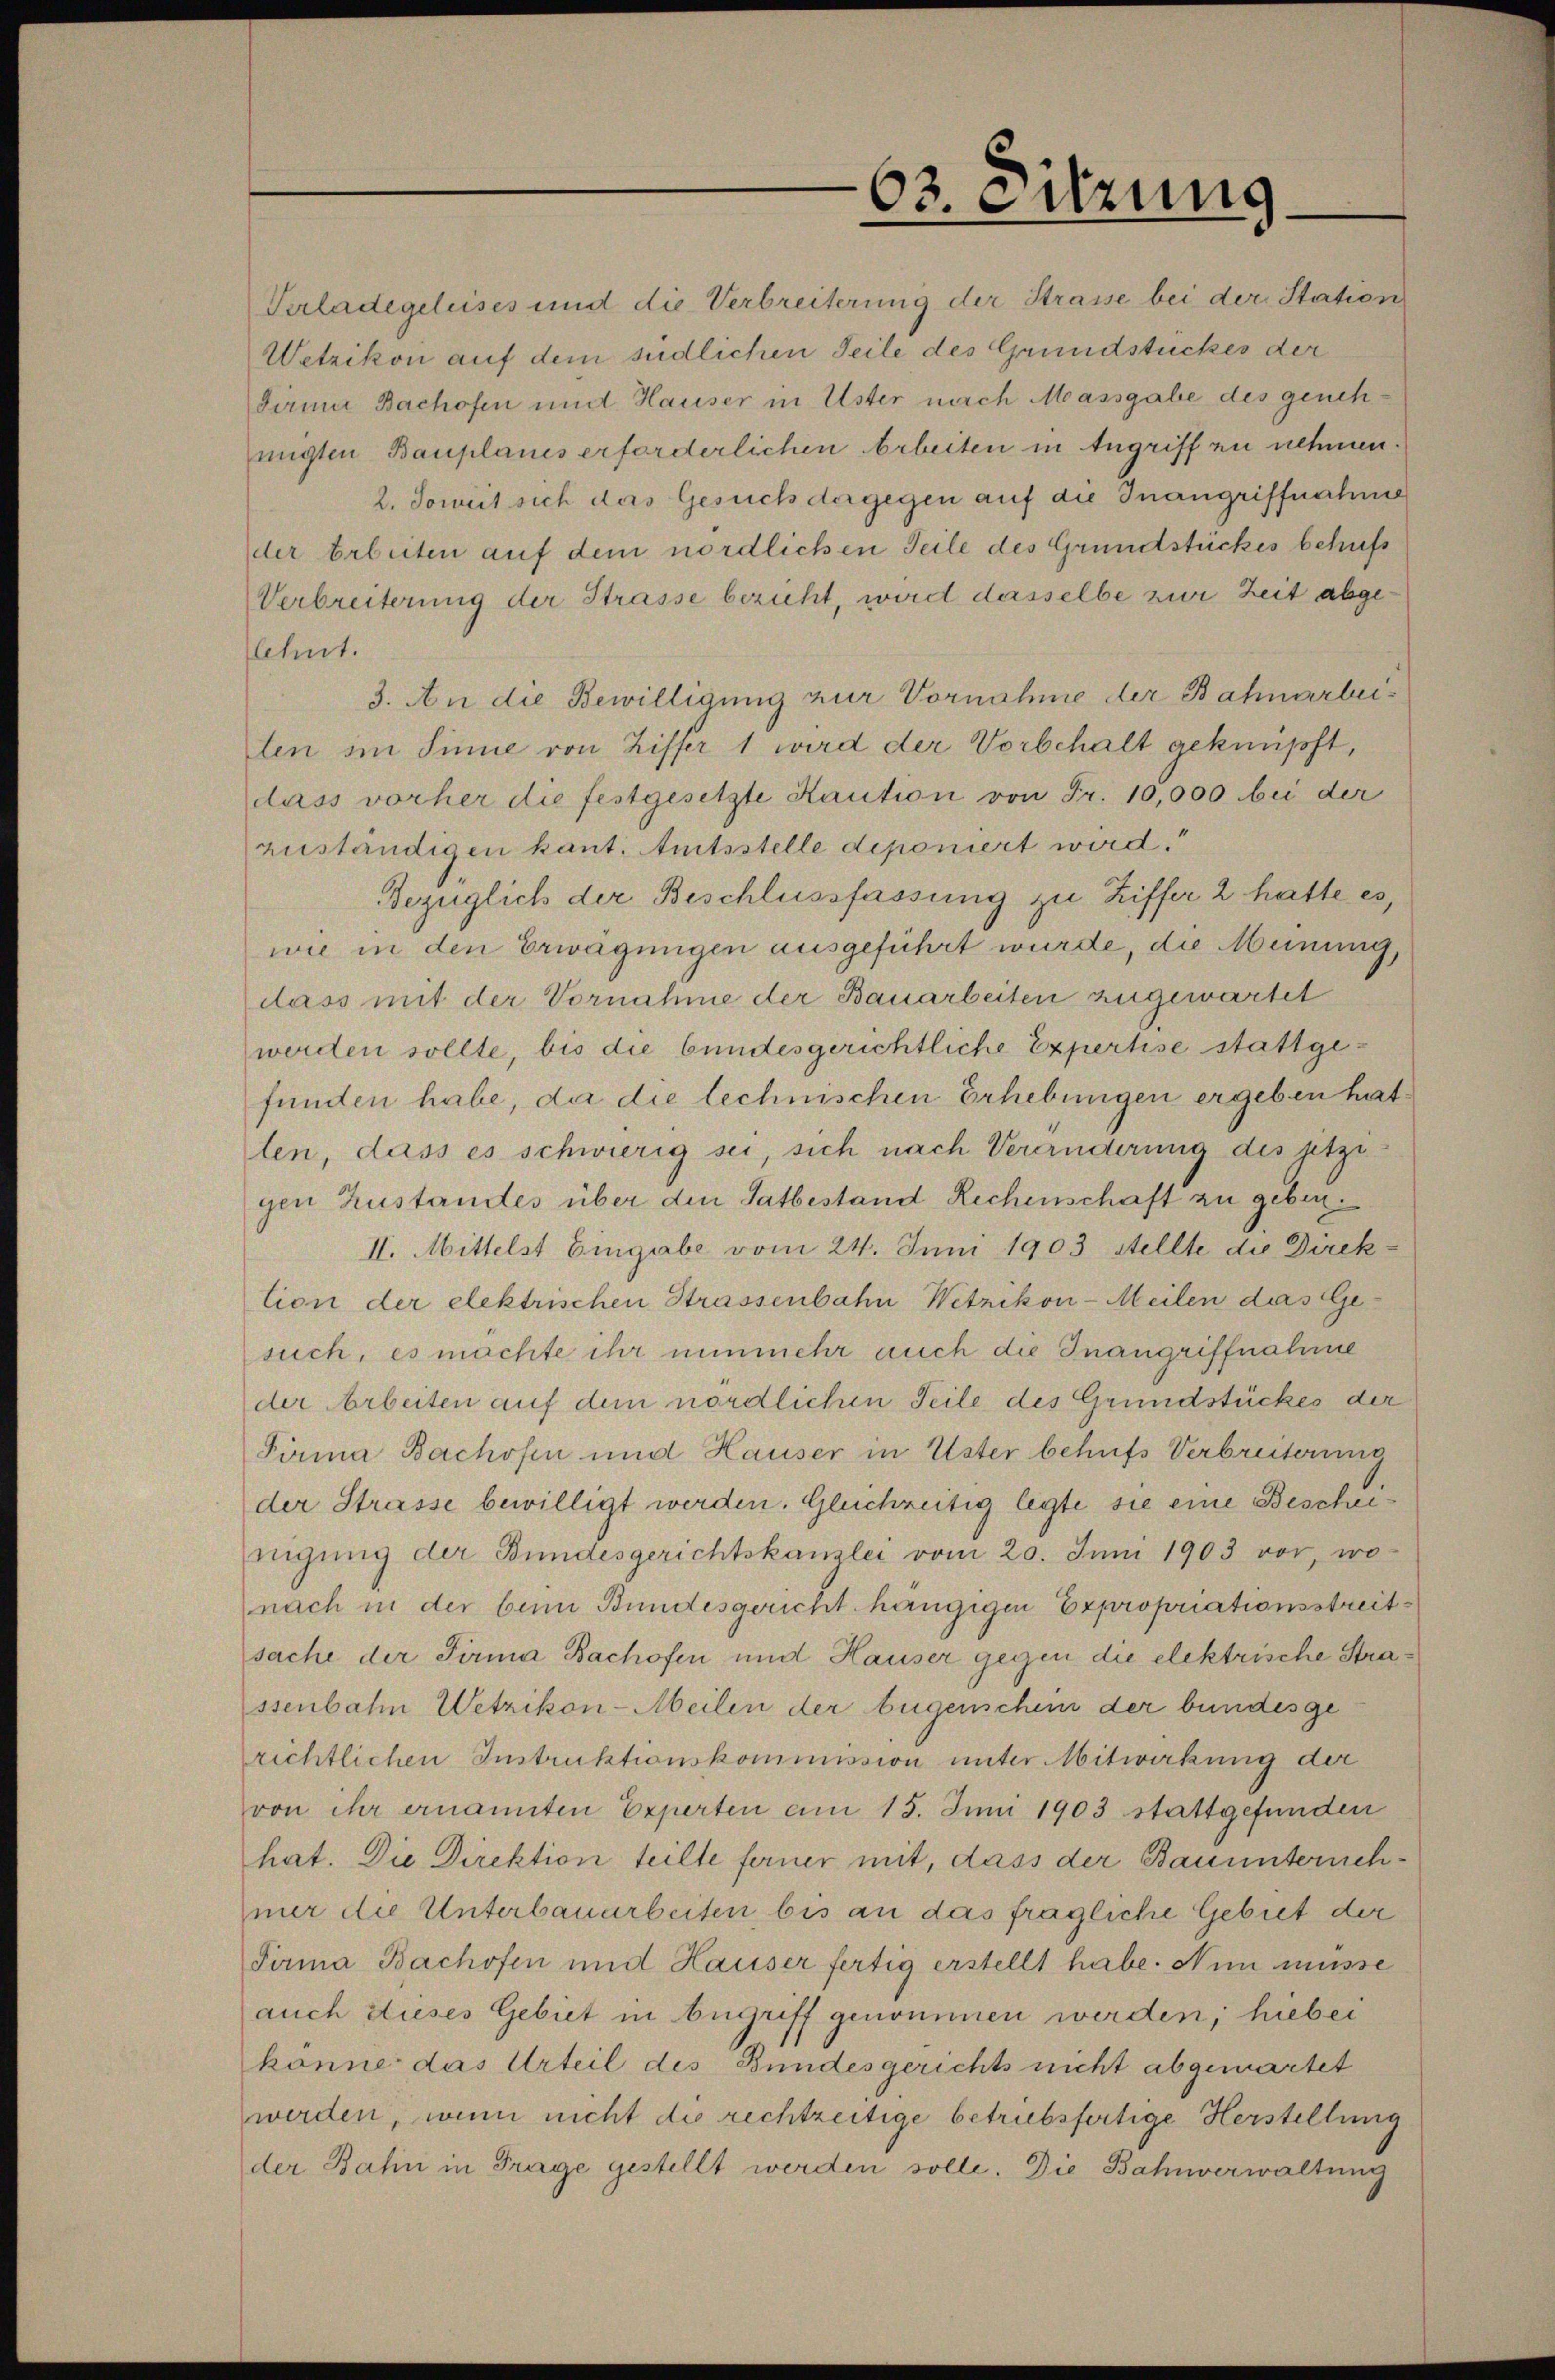
63. Sitzung

Verladegeleises und die Verbreiterung der Strasse bei der Station
Wetzikon auf dem südlichen Teile des Grundstückes der
Girma Bachofen und Hauser in Uster nach Massgabe des genehmigten Bauplanes erforderlichen Arbeiten in Angriff zu nehmen.
2. Soweit sich das Gesuch dergegen auf die Inangriffnahme
der Arbeiten auf dem nördlichen Teile des Grundstückes behufs
Verbreiterung der Strasse bericht, wird dasselbe zur Zeit abgeflehnt.
3. An die Bewilligung zur Vornahme der Bahnarbeilten im Sinne von Ziffer 1 wird der Vorbehalt geknüpft,
dass vorher die festgesetzte Kaution von Fr. 10,000 bei der
zuständigen kant. Amtsstelle deponiert wird.“
Bezüglich der Beschlussfassung zu Ziffer 2 hatte es,
wie in den Erwägungen ausgeführt wurde, die Meinung,
dass mit der Vornahme der Bauarbeiten zugewartet
werden sollte, bis die bundesgerichtliche Expertise stattgefunden habe, da die technischen Erhebungen ergeben hat
len, dass es schwierig sei, sich nach Veränderung des jetzigen Zustandes über den Satbestand Rechenschaft zu geben.
II. Mittelst Eingabe vom 24. Juni 1903 stellte die Direktion der elektrischen Strassenbahn Wetzikon-Meilen das Gesuch, es möchte ihr nunmehr auch die Inangriffnahme
der Arbeiten auf dem nördlichen Teile des Grundstückes der
Pirma Bachofn und Hauser in Uster behufs Verbreiterung
der Strasse bewilligt werden. Gleichreitig legte sie eine Bescheinigŭng der Bundesgerichtskanzlei vom 20. Juni 1903 vor, wo-
nach in der beim Bundesgericht hängigen Expropriationsstreitsache der Firma Bachofen und Hauser gegen die elektrische Strassenbahn Wetzikon-Meilen der beigenschein der bundesge
richtlichen Instruktionskommission unter Mitwirkung der
von ihr ernannten Experten am 15. Juni 1903 stattgefunden
hat. Die Direktion teilte ferner mit, dass der Bauunternehmer die Unterbauarbeiten, bis an das fragliche Gebiet der
Pirma Bachofen und Hauser fertig erstellt habe. Nun müsse
auch dieses Gebiet in Begriff genommen werden; hiebei

könne das Urteil des Bundesgerichts nicht abgewartet
werden, wenn nicht die rechtzeitige betriebsfertige Herstellung
der Bahn in Frage gestellt werden solle. Die Bahnverwaltung